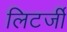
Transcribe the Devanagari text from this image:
लिटर्जी